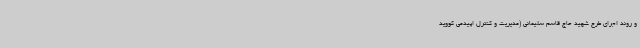
و روند اجرای طرح شهید حاج قاسم سلیمانی (مدیریت و کنترل اپیدمی کووید